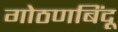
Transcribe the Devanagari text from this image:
गोठणबिंदू